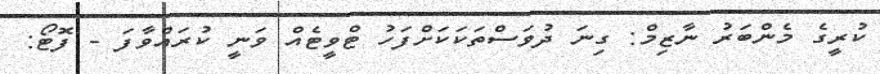
ކުރީގެ މެންބަރު ނާޒިމް: ގިނަ ދުވަސްތަކަކަށްފަހު ޓްވީޓެއް ވަނީ ކުރައްވާފަ - ފޮޓޯ: